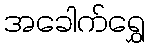
အခေါက်ရွှေ